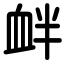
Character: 衅